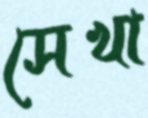
সেখা